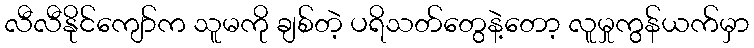
လီလီနိုင်ကျော်က သူမကို ချစ်တဲ့ ပရိသတ်တွေနဲ့တော့ လူမှုကွန်ယက်မှာ